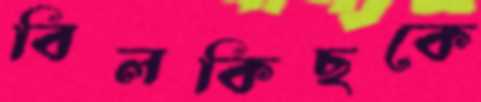
বিলকিছকে